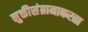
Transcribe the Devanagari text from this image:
मुक्तीसंग्रामाकरता